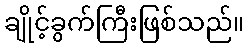
ချိုင့်ခွက်ကြီးဖြစ်သည်။